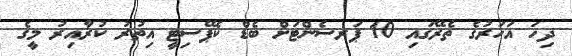
ދިހަ އަހަރުގެ ތެރޭގައި 10 ޕަރސެންޓަށް ބެޑް ކެޕޭސިޓީ އިތުރު ކުރާއިރު މީގެ